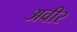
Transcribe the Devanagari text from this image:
अवीर